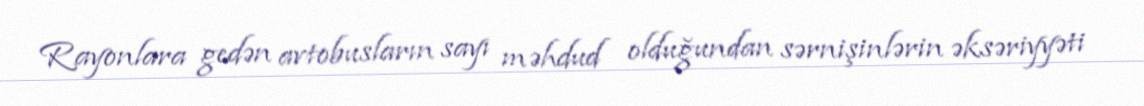
Rayonlara gedən avtobusların sayı məhdud olduğundan sərnişinlərin əksəriyyəti